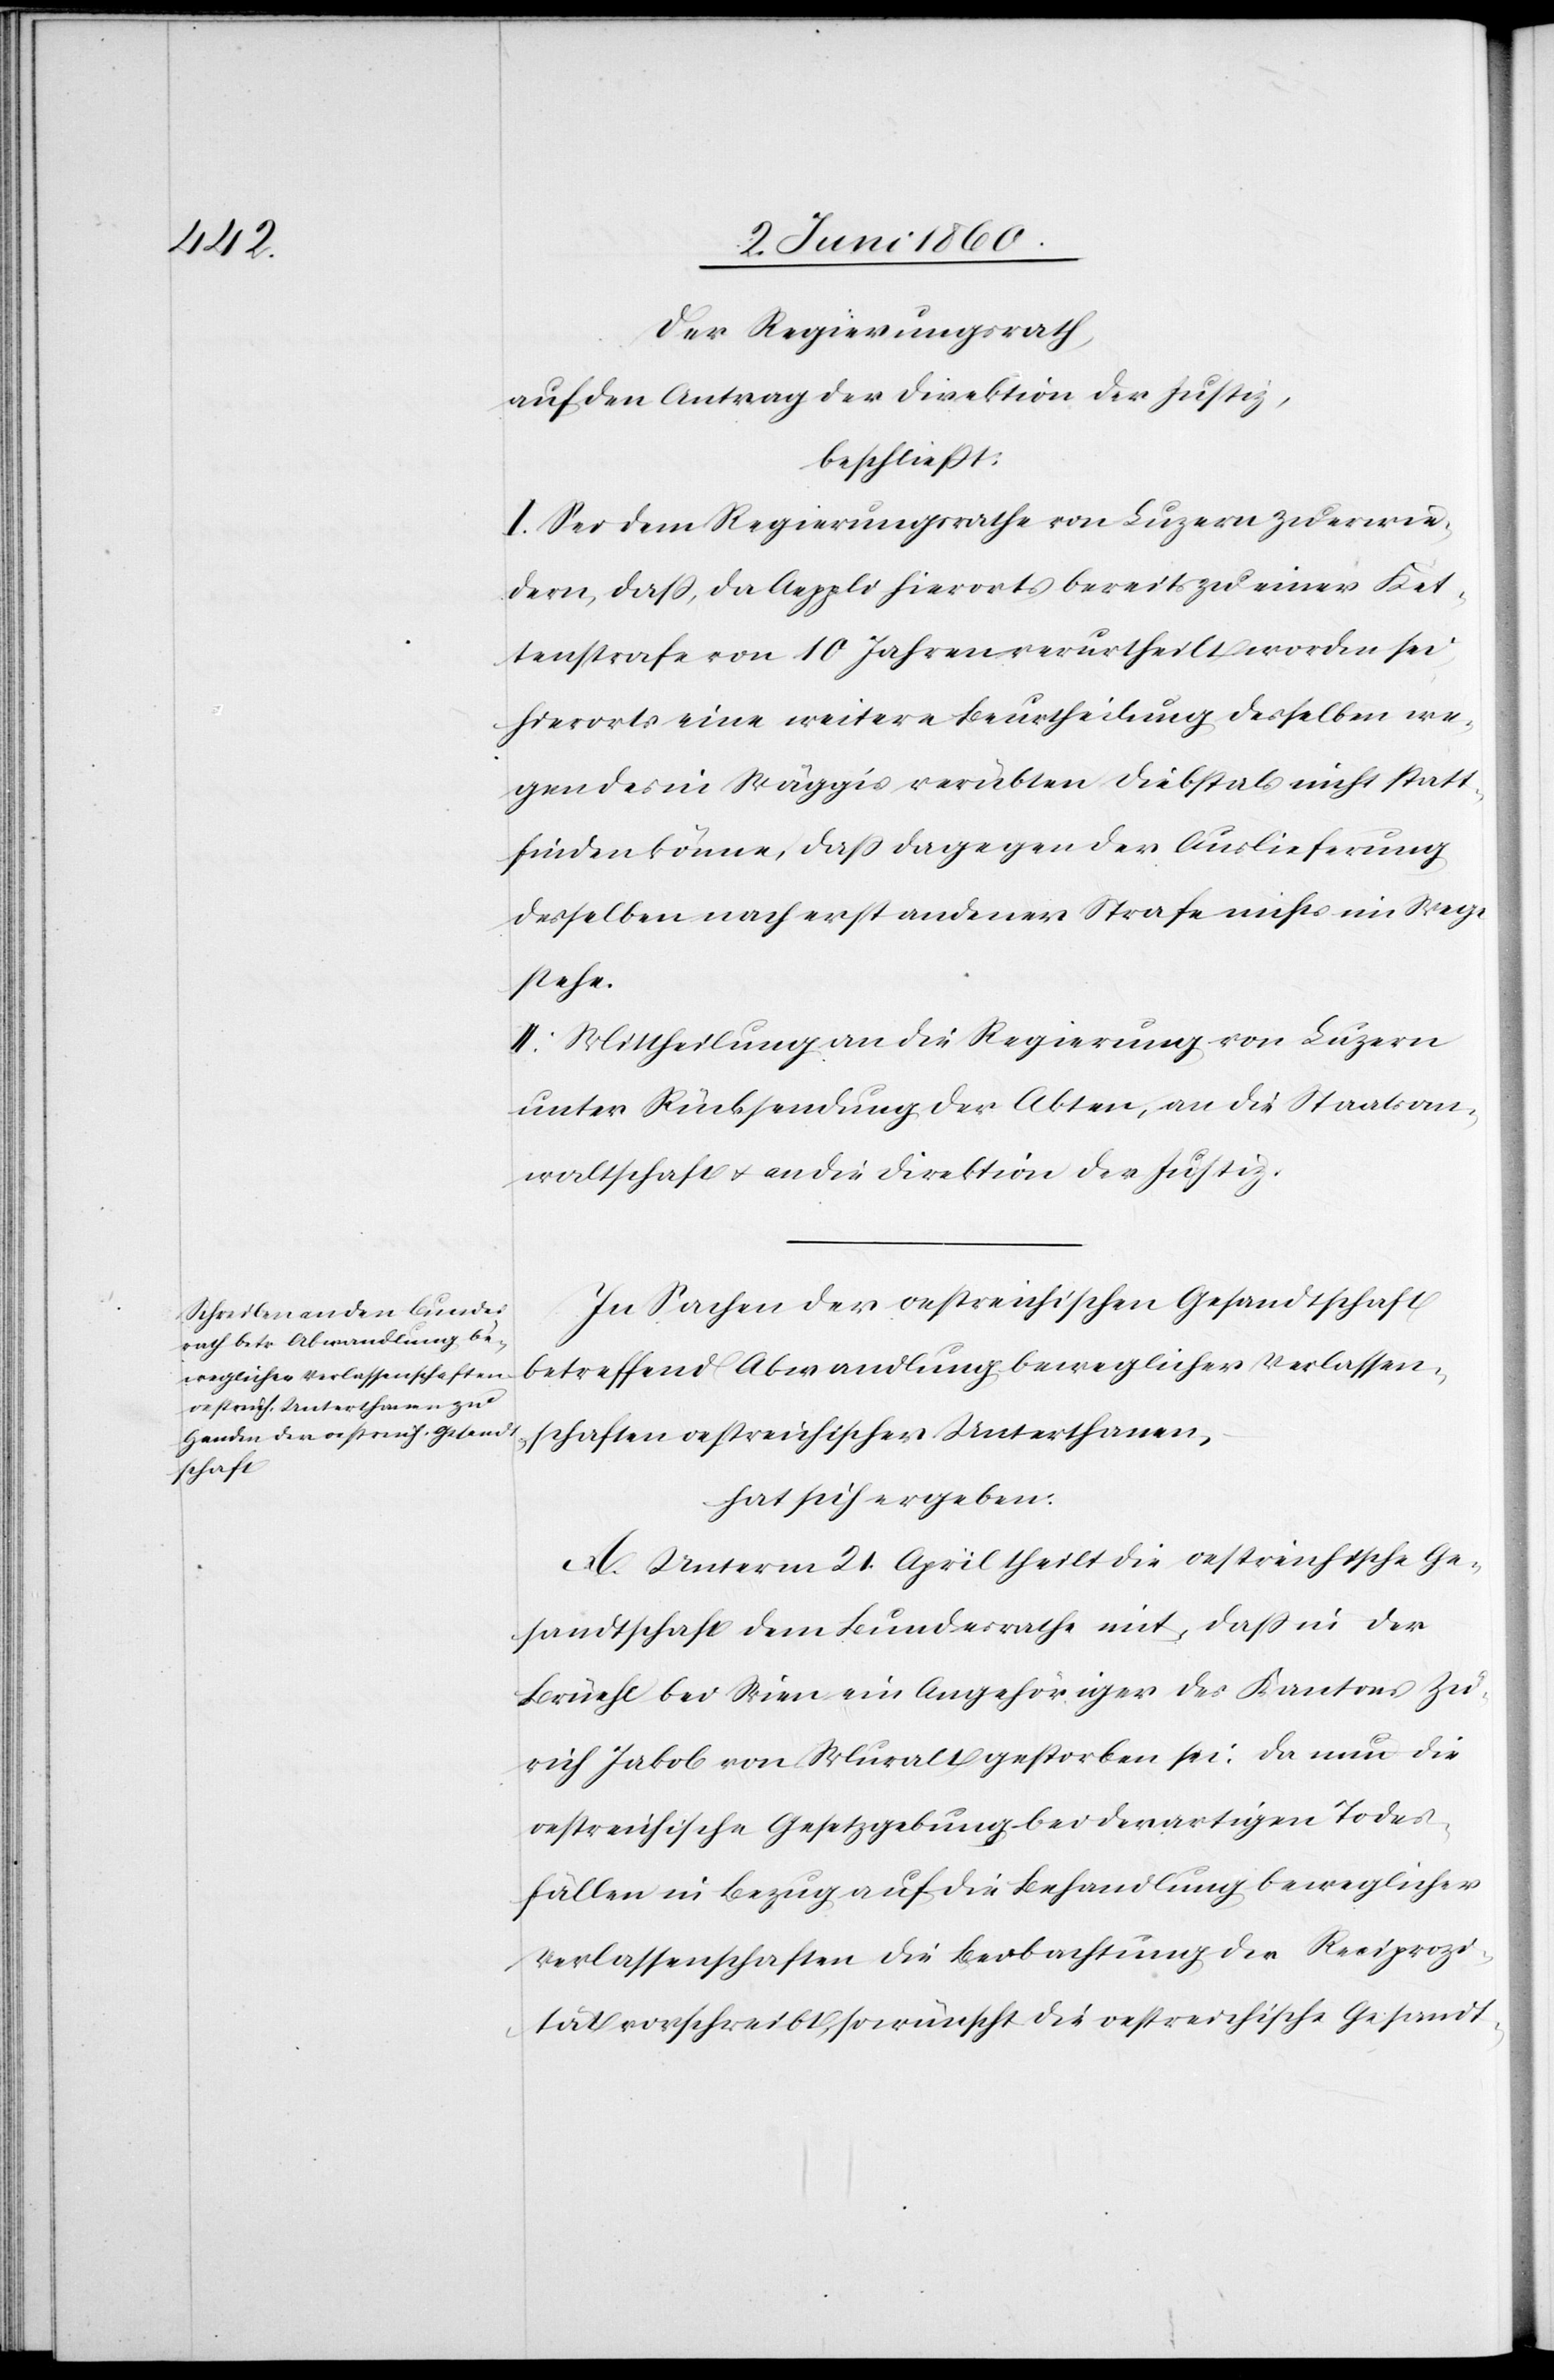
Der Regierungsrath,
auf den Antrag der Direktion der Justiz,
beschliesst:
I. Sei dem Regierungsrathe von Luzern zu erwie¬
dern, daß, da Aeppli hierorts bereits zu einer Ket¬
tenstrafe von 10. Jahren verurtheilt worden sei,
hierorts eine weitere Beurtheilung desselben we¬
gen des in Wäggis verübten Diebstals nicht statt¬
finden könne, dass dagegen der Auslieferung
desselben nach erst andener [sic!] Strafe nichts im Wege
stehe.
II. Mittheilung an die Regierung von Luzern
unter Rücksendung der Akten, an die Staatsan¬
waltschaft u. an die Direktion der Justiz.
In Sachen der oestreichischen Gesandtschaft
betreffend Abwandlung beweglicher Verlassen¬
schaften oestreichischer Unterthanen,
hat sich ergeben:
A. Unterm 21. April theilt die oestreichische Ge¬
sandtschaft dem Bundesrathe mit, dass in der
Brüehl bei Wien ein Angehöriger des Kantons Zü¬
rich Jakob von Muralt gestorben sei; da nun die
oestreichische Gesetzgebung bei derartigen Todes¬
fällen in Bezug auf die Behandlung beweglicher
Verlassenschaft die Beobachtung der Reciprozi¬
tät vorschreibt, so wünscht die oestreichische Gesandt-